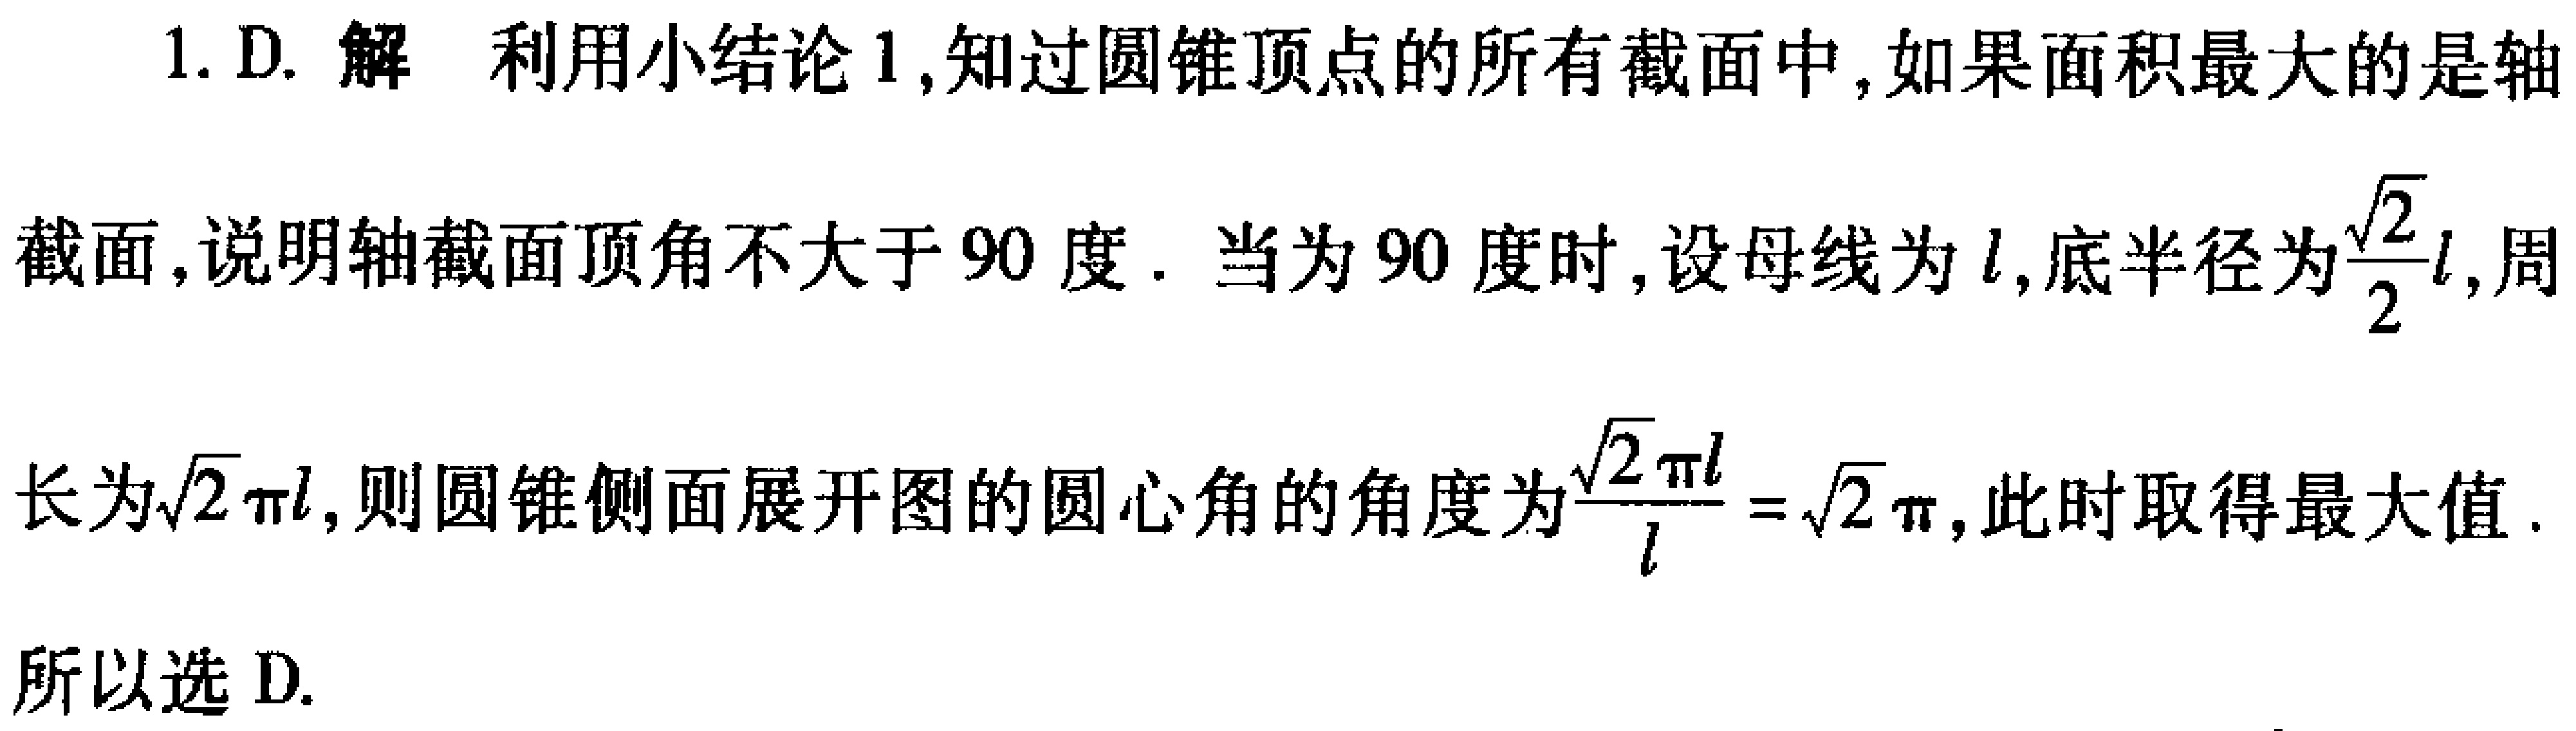
1. D. 解 利用小结论1,知过圆锥顶点的所有截面中,如果面积最大的是轴
截面,说明轴截面顶角不大于$90$度. 当为$90$度时,设母线为$l$,底半径为$\frac{\sqrt{2}}{2}l$,周
长为$\sqrt{2}\pi l$,则圆锥侧面展开图的圆心角的角度为$\frac{\sqrt{2}\pi l}{l}=\sqrt{2}\pi$,此时取得最大值.
所以选 D.